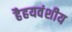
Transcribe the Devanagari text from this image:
हैहयवंशीय